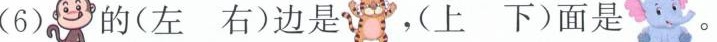
(6) 的(左 右)边是 ，(上 下)面是 。